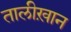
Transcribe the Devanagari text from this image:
तालीख़ान